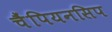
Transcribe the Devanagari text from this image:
चैंपियनसिप